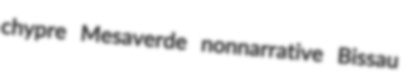
chypre Mesaverde nonnarrative Bissau